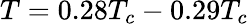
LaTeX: T=0.28T_{c}-0.29T_{c}